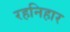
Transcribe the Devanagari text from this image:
रहनिहार